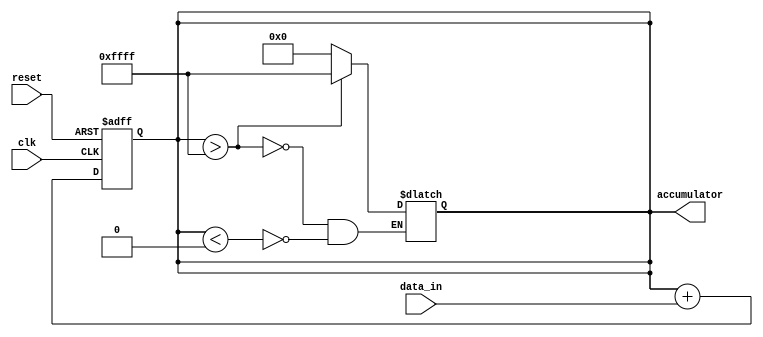
module fixed_point_accumulator (
    input wire [15:0] data_in,
    input wire clk,
    input wire reset,
    output reg [15:0] accumulator
);

// Accumulator value register
reg [15:0] accumulator_reg;

// Arithmetic block for addition
always @(posedge clk or posedge reset) begin
    if (reset) begin
        accumulator_reg <= 16'b0;
    end else begin
        accumulator_reg <= accumulator_reg + data_in;
    end
end

// Overflow and underflow detection
always @(*) begin
    if (accumulator_reg > 16'b1111111111111111) begin
        accumulator_reg <= 16'b1111111111111111;
    end else if (accumulator_reg < 16'b0000000000000000) begin
        accumulator_reg <= 16'b0000000000000000;
    end
end

// Output the accumulator value
assign accumulator = accumulator_reg;

endmodule